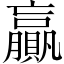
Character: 贏